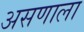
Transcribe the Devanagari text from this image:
असणाला